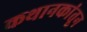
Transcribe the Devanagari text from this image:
कथानकांतून